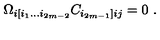
\Omega _ { i [ i _ { 1 } \dots i _ { 2 m - 2 } } C _ { i _ { 2 m - 1 } ] i j } = 0 \ .